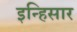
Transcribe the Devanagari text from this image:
इन्हिसार